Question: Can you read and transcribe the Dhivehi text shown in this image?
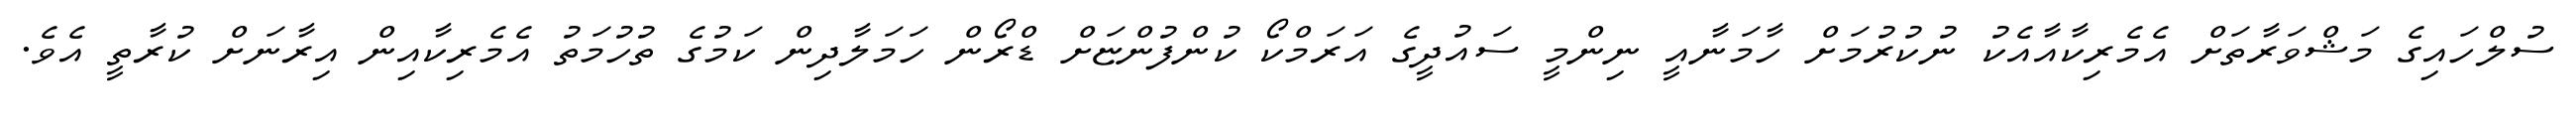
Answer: ސުލްހައިގެ މަޝްވަރާތަށް އެމެރިކާއާއެކު ނުކުރުމަށް ހާމަނާއީ ނިންމީ ސައުދީގެ އަރަމްކޯ ކުންފުންޏަށް ޑްރޯން ހަމަލާދިން ކަމުގެ ތުހުމަތު އެމެރިކާއިން އިރާނަށް ކުރާތީ އެވެ.